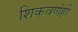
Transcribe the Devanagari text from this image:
शिकवणंही